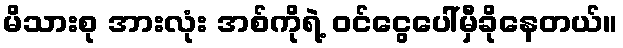
မိသားစု အားလုံး အစ်ကိုရဲ့ ဝင်ငွေပေါ်မှီခိုနေတယ်။